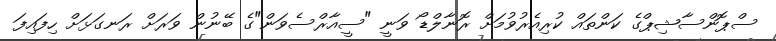
ސްޕޮންސާޝިޕްގެ ކަންތައް ކުރިއެރުވުމަށް ރޮނާލްޑޯ ވަނީ "ސީއާރްސެވަން"ގެ ބޭނުން ވަރަށް ރަނގަަޅަށް ހިފައިފަ